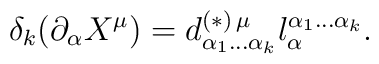
\delta_{k}(\partial_{\alpha} X^{\mu})=d^{(\ast) \, \mu}_{\alpha_{1} \ldots\alpha_{k}} l_{\alpha}^{\alpha_{1} \ldots \alpha_{k}} .